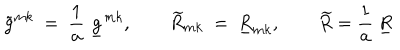
\tilde { g } ^ { m k } \ = \ { \frac { 1 } { a } } \ \underline { { { g } } } ^ { m k } , \qquad \widetilde { R } _ { m k } \ = \ \underline { { { R } } } _ { m k } , \qquad \widetilde { R } = { \frac { 1 } { a } } \ \underline { { { R } } }